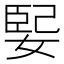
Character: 𫱃